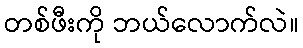
တစ်ဖီးကို ဘယ်လောက်လဲ။